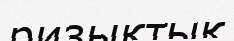
ризықтық